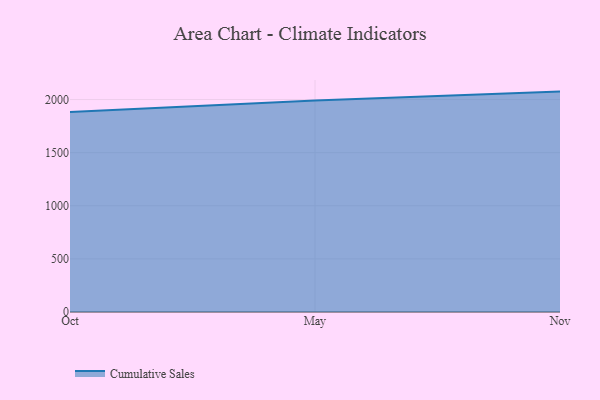
{"axis": {"x": "Month", "y": "Shipments"}, "legend": ["Cumulative Sales"], "data": [{"x": "Oct", "y": 1882.4, "type": "Cumulative Sales"}, {"x": "May", "y": 1990.5, "type": "Cumulative Sales"}, {"x": "Nov", "y": 2074.8, "type": "Cumulative Sales"}]}